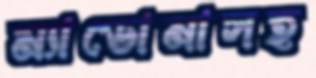
ম্যাডোনাসহ